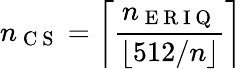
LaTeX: n_{\mathrm{~C~S~}}=\left\lceil\frac{n_{\mathrm{~E~R~I~Q~}}}{\left\lfloor 512/n\right\rfloor}\right\rceil